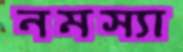
নমস্যা